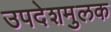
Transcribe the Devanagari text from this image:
उपदेशमुलक